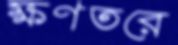
ক্ষণতরে